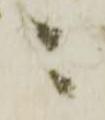
ニ